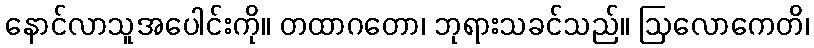
နောင်လာသူအပေါင်းကို။ တထာဂတော၊ ဘုရားသခင်သည်။ ဩလောကေတိ၊